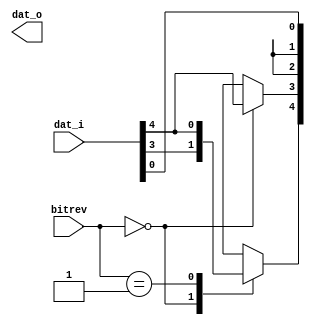
module bit_reversal
  #(parameter dat_w=5)
    (
     input wire [dat_w-1:0] dat_i,
     input wire [2:0] bitrev,
     output reg [dat_w-1:0] dat_o);

   integer  i;
   
   always@* begin
      dat_o = dat_i;

      //Always keep LSB
      casex(bitrev)
	3'b000: //Reverse 6 bits (keep LSB)
	  for(i=1;i<7;i=i+1)
	     dat_o[i] = dat_i[7-i];
	
	3'b001: //Reverse 7 bits (keep LSB)
	  for(i=1;i<8;i=i+1)
	     dat_o[i] = dat_i[8-i];
	
	3'b010: //Reverse 8 bits (keep LSB)
	  for(i=1;i<9;i=i+1)
	     dat_o[i] = dat_i[9-i];

	3'b011: //Reverse 9 bits (keep LSB)
	  for(i=1;i<10;i=i+1)
	     dat_o[i] = dat_i[10-i];

	3'b100: //Reverse 10 bits (keep LSB)
	  for(i=1;i<11;i=i+1)
	     dat_o[i] = dat_i[11-i];

	3'b101: //Reverse 11 bits (keep LSB)
	  for(i=1;i<12;i=i+1)
	     dat_o[i] = dat_i[12-i];
	
	3'b110: //Reverse 12 bits (keep LSB)
	  for(i=1;i<13;i=i+1)
	     dat_o[i] = dat_i[13-i];

	3'b111: //Reverse 13 bits (keep LSB)
	  for(i=1;i<14;i=i+1)
	     dat_o[i] = dat_i[14-i];
      endcase
   end
endmodule